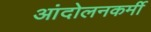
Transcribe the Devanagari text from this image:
आंदोलनकर्मी